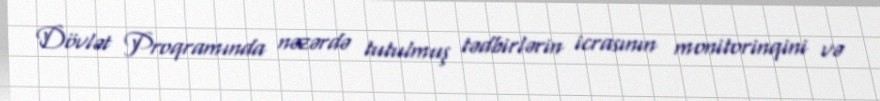
Dövlət Proqramında nəzərdə tutulmuş tədbirlərin icrasının monitorinqini və